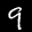
Label: 9